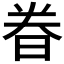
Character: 𬀴